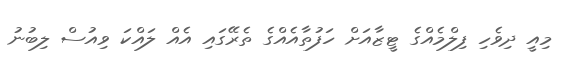
މިއީ ދިވެހި ފިލްމެއްގެ ޓީޒާއަށް ހަފުތާއެއްގެ ތެރޭގައި އެއް ލައްކަ ވިއުސް ލިބުނު